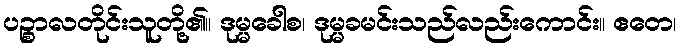
ပဉ္စာလတိုင်းသူတို့၏။ ဒုမ္မခေါစ၊ ဒုမ္မခမင်းသည်လည်းကောင်း။ ဧတေ၊